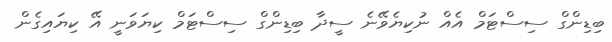
ބިޑިންގް ސިސްޓަމް އެއް ނުކިޔެވޭނެ ސީދާ ބިޑިންގް ސިސްޓަމް ކިޔަވަނީ އޭ ކިޔައިގެން